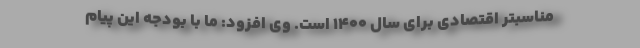
مناسبتر اقتصادی برای سال ۱۴۰۰ است. وی افزود: ما با بودجه این پیام